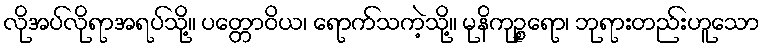
လိုအပ်လိုရာအရပ်သို့။ ပတ္တောဝိယ၊ ရောက်သကဲ့သို့။ မုနိကုဉ္စရော၊ ဘုရားတည်းဟူသော